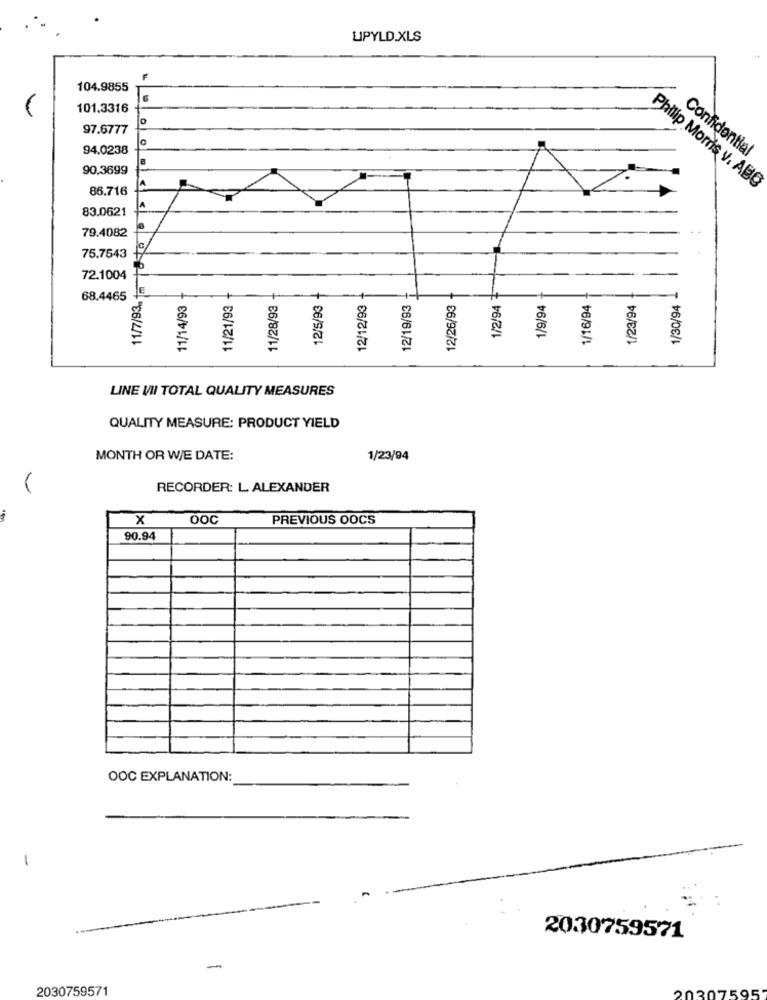
UPYLD.XLS
F
104.9855
6
101.3316
97.6777
94.0238
Confidential
90.3699
A
86.716
Philip Morris v. ABG
>
83.0621
79.4082
to
75.7543
11/7/93. 1mm
72.1004
12/5/93 +
68.4465
11/14/93
11/21/93
11/28/93
12/12/93
12/19/93
12/26/93
1/2/94
1/9/94
1/16/94
1/23/94
1/30/94
LINE VII TOTAL QUALITY MEASURES
QUALITY MEASURE: PRODUCT YIELD
MONTH OR WE DATE:
1/23/94
RECORDER: L. ALEXANDER
x
OOC
PREVIOUS OOCS
90.94
OOC EXPLANATION:
-
2030759571
-
2030759571